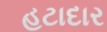
હટાદાર